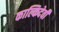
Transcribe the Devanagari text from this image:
काल्किदेवी